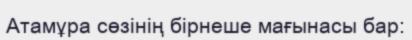
Атамұра сөзінің бірнеше мағынасы бар: